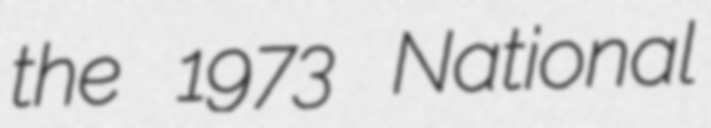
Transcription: the 1973 National